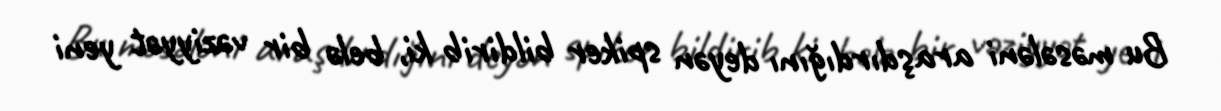
Bu məsələni araşdırdığını deyən spiker bildirib ki, belə bir vəziyyət yeni